Rangoon Lunatic Asylum 1878-1892 - 1878-1892
Year: 1878
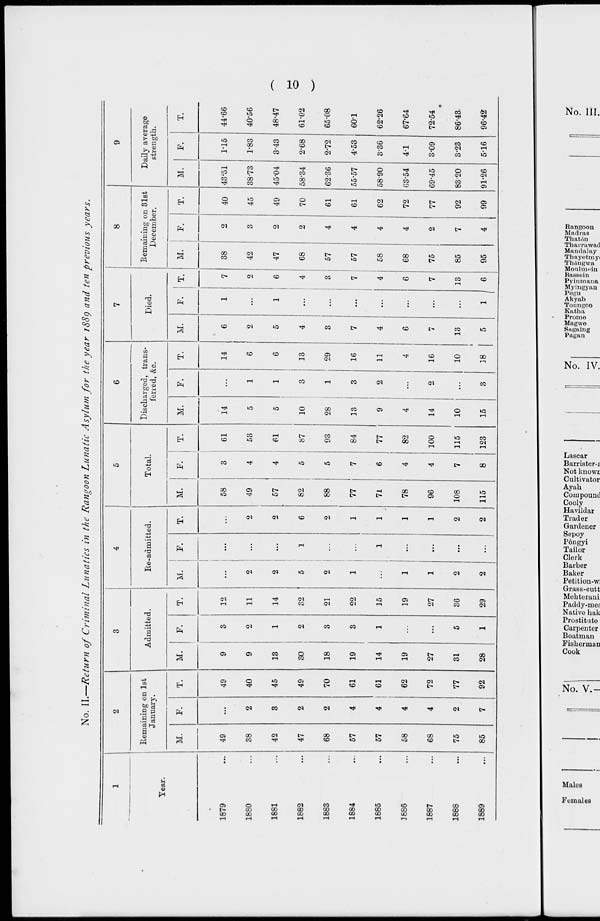
( 10 )
No. II.—Return of Criminal Lunatics in the Rangoon Lunatic Asylum for the year 1889 and ten previous
years.
1
Year.
1879 ...
1880 ...
1881 ...
1882 ...
1883 ...
1884 ...
1885 ...
1886 ...
1887 ...
1888 ...
1889 ...
2
Remaining on 1st
January.
M.
49
38
42
47
68
57
57
58
68
75
85
F.
...
2
3
2
2
4
4
4
4
2
7
T.
49
40
45
49
70
61
61
62
72
77
92
3
Admitted.
M.
9
9
13
30
18
19
14
19
27
31
28
F.
3
2
1
2
3
3
1
...
...
5
1
T.
12
11
14
32
21
22
15
19
27
36
29
4
Re-admitted.
M.
...
2
2
5
2
1
...
1
1
2
2
F.
...
...
...
1
...
...
1
...
...
...
...
T.
...
2
2
6
2
1
1
1
1
2
2
5
Total.
M.
58
49
57
82
88
77
71
78
96
108
115
F.
3
4
4
5
5
7
6
4
4
7
8
T.
61
53
61
87
93
84
77
82
100
115
123
6
Discharged, trans-
ferred, &c.
M.
14
5
5
10
28
13
9
4
14
10
15
F.
...
1
1
3
1
3
2
...
2
...
3
T.
14
6
6
13
29
16
11
4
16
10
8
7
Died.
M.
6
2
5
4
3
7
4
6
7
13
5
F.
1
...
1
...
...
...
...
...
...
...
1
T.
7
2
6
4
3
7
4
6
7
13
6
8
Remaimng on 31st
December.
M.
38
42
47
68
57
57
58
68
75
85
95
F.
2
3
2
2
4
4
4
4
2
7
4
T.
40
45
49
70
61
61
62
72
77
92
99
9
Daily average
strength.
M.
43.51
38.73
45.04
58.34
62.36
55.57
58.90
63.54
69.45
83.20
91.26
F.
1.15
1.83
3.43
2.68
2.72
4.53
3.36
4.1
3.09
3.23
5.16
T.
44.66
40.56
48.47
61.02
65.08
60.1
62.26
67.64
72.54
86.43
96.42